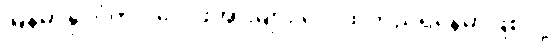
မြန်မာနိုင်ငံတွင် လေဖိအားများ လေထုတည်ရှိနေမှာဖြစ်လို့